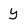
Character: y